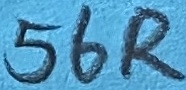
Text: 56R